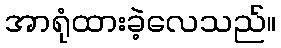
အာရုံထားခဲ့လေသည်။